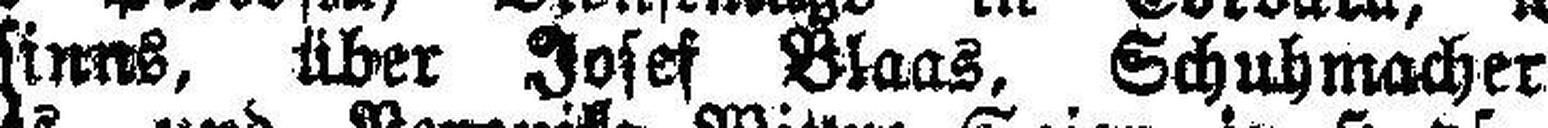
Wahnsinns, über Josef Blaas, Schuhmacher in